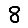
Digit: 8